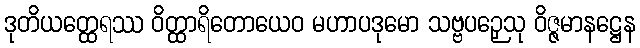
ဒုတိယတ္ထေရဿ ဝိတ္ထာရိတောယေဝ မဟာပဒုမော သဗ္ဗပဉှေသု ဝိဇ္ဇမာနဋ္ဌေန